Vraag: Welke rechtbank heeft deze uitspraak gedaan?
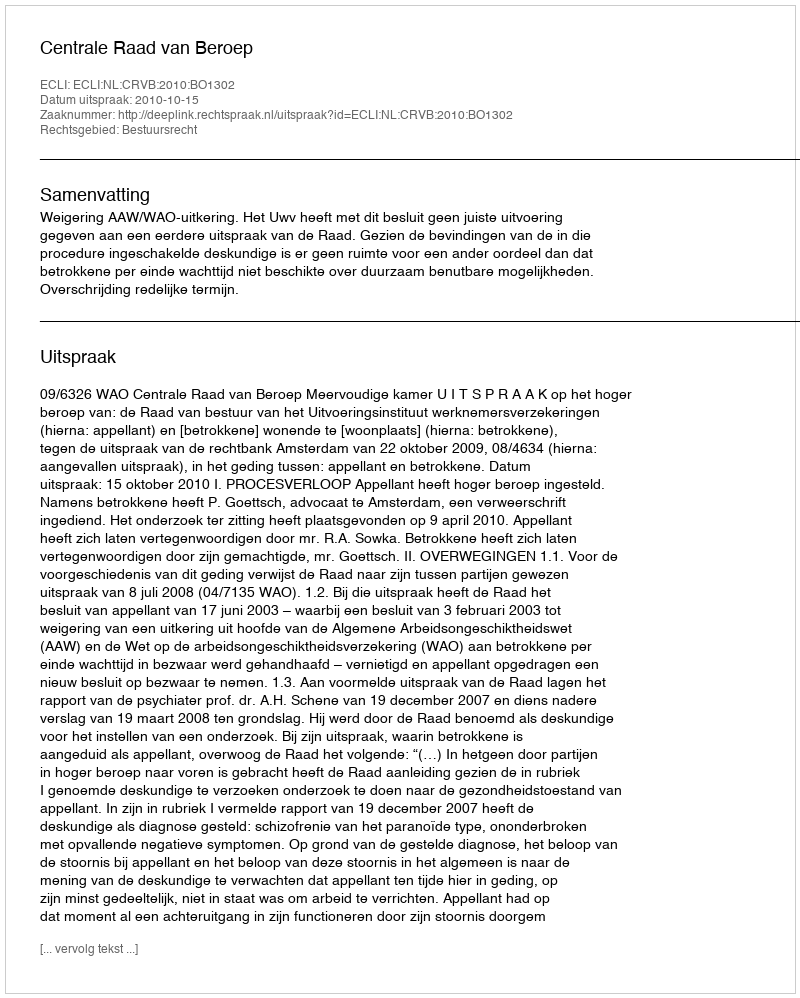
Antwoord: Centrale Raad van Beroep